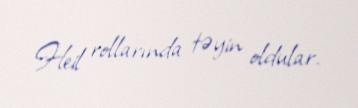
Heil rollarında təyin oldular.